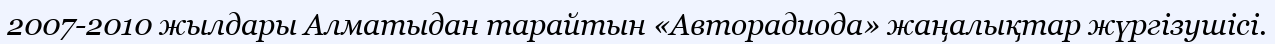
2007-2010 жылдары Алматыдан тарайтын «Авторадиода» жаңалықтар жүргізушісі.